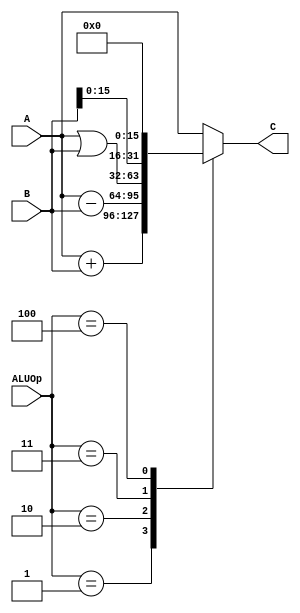
`timescale 1ns / 1ps
`define Add 3'd1
`define Sub 3'd2
`define Or  3'd3
`define Lui 3'd4
module alu(
		input [2:0] ALUOp,
		input [31:0] A,
		input [31:0] B,
		output [31:0] C
	);
	reg [31:0] res;
	assign C=res;
	always @(*)
	begin
		case (ALUOp)
			`Add: res<=A+B;
			`Sub: res<=A-B;
			`Or: res<=A|B;
			`Lui: res<={B,{16{1'b0}}};
			default: res<=A;
		endcase
	end
endmodule